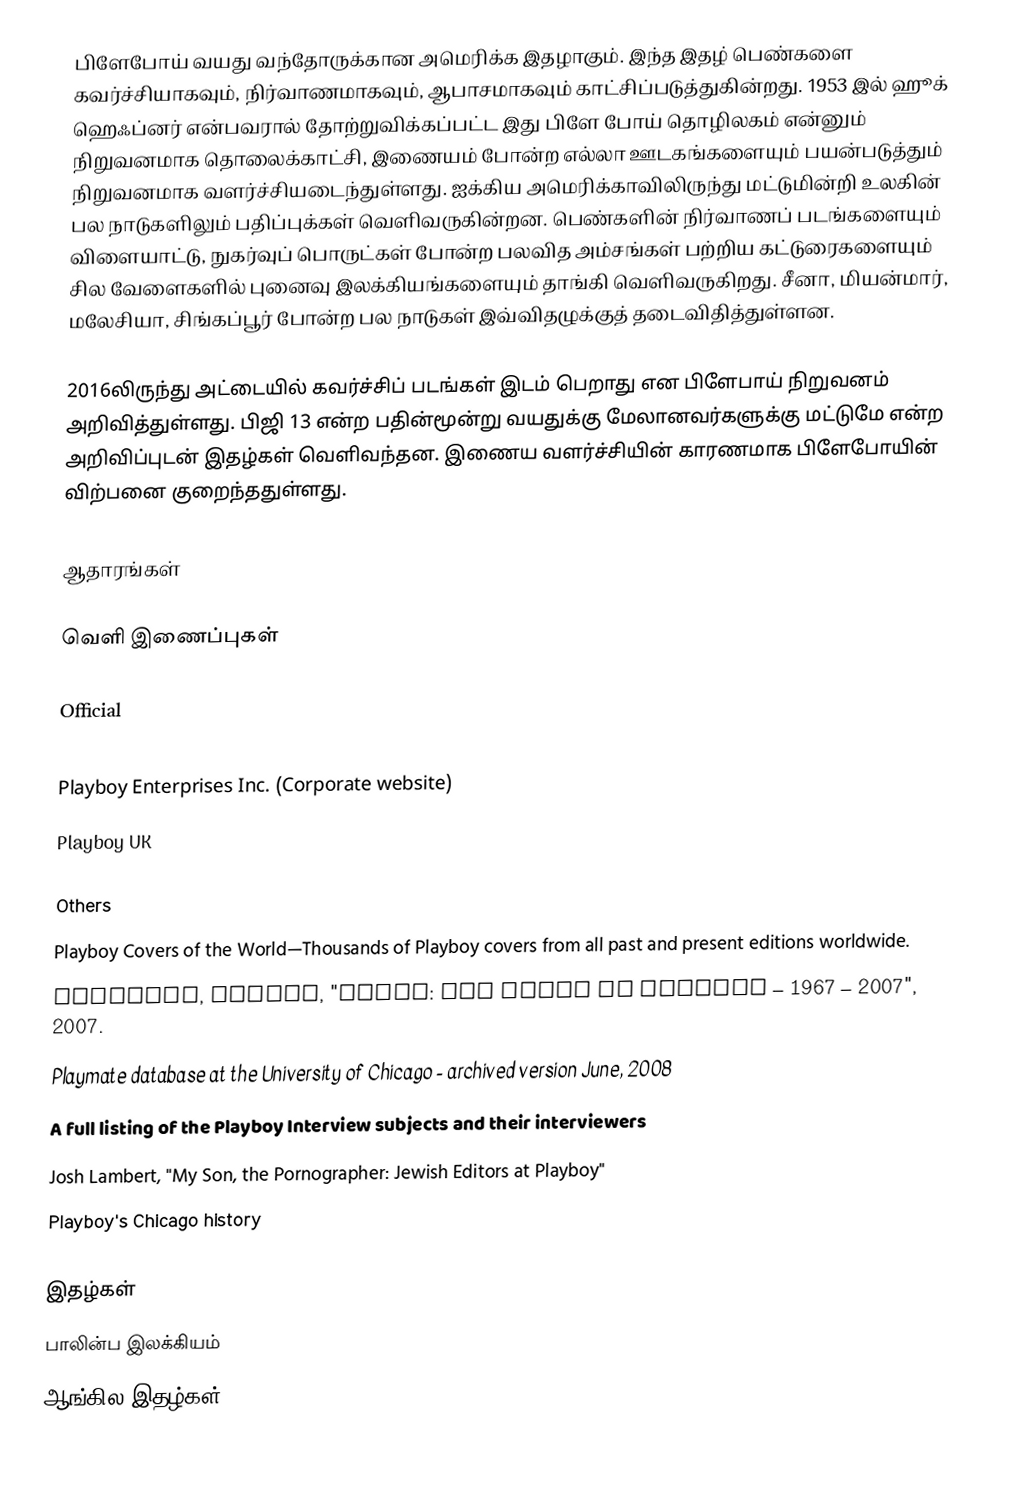
பிளேபோய் வயது வந்தோருக்கான அமெரிக்க இதழாகும். இந்த இதழ் பெண்களை கவர்ச்சியாகவும், நிர்வாணமாகவும், ஆபாசமாகவும் காட்சிப்படுத்துகின்றது. 1953 இல் ஹூக் ஹெஃப்னர் என்பவரால் தோற்றுவிக்கப்பட்ட இது பிளே போய் தொழிலகம் என்னும் நிறுவனமாக தொலைக்காட்சி, இணையம் போன்ற எல்லா ஊடகங்களையும் பயன்படுத்தும் நிறுவனமாக வளர்ச்சியடைந்துள்ளது. ஐக்கிய அமெரிக்காவிலிருந்து மட்டுமின்றி உலகின் பல நாடுகளிலும் பதிப்புக்கள் வெளிவருகின்றன. பெண்களின் நிர்வாணப் படங்களையும் விளையாட்டு, நுகர்வுப் பொருட்கள் போன்ற பலவித அம்சங்கள் பற்றிய கட்டுரைகளையும் சில வேளைகளில் புனைவு இலக்கியங்களையும் தாங்கி வெளிவருகிறது. சீனா, மியன்மார், மலேசியா, சிங்கப்பூர் போன்ற பல நாடுகள் இவ்விதழுக்குத் தடைவிதித்துள்ளன.

2016லிருந்து அட்டையில் கவர்ச்சிப் படங்கள் இடம் பெறாது என பிளேபாய் நிறுவனம் அறிவித்துள்ளது. பிஜி 13 என்ற பதின்மூன்று வயதுக்கு மேலானவர்களுக்கு மட்டுமே என்ற அறிவிப்புடன் இதழ்கள் வெளிவந்தன. இணைய வளர்ச்சியின் காரணமாக பிளேபோயின் விற்பனை குறைந்ததுள்ளது.

ஆதாரங்கள்

வெளி இணைப்புகள்

Official
 Playboy.com
 Playboy Enterprises Inc. (Corporate website)
 Playboy UK

Others
 Playboy Covers of the World—Thousands of Playboy covers from all past and present editions worldwide.
 Crossett, Andrew, "Index: The Women of  Playboy – 1967 – 2007", 2007.
 Playmate database at the University of Chicago - archived version June, 2008
 A full listing of the Playboy Interview subjects and their interviewers
 Josh Lambert, "My Son, the Pornographer: Jewish Editors at Playboy"
 Playboy's Chicago history

இதழ்கள்
பாலின்ப இலக்கியம்
ஆங்கில இதழ்கள்